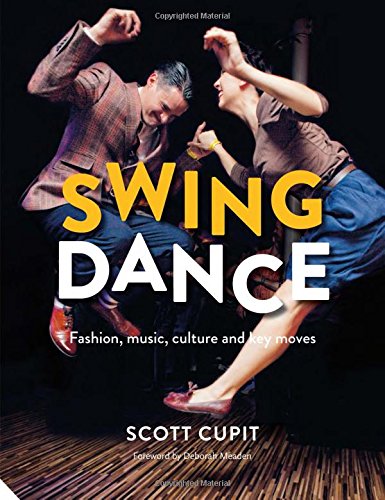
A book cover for Swing Dance: Fashion, music, culture and key moves; Scott Cupit; Humor & Entertainment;